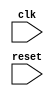
module timing_control_and_sync (
    input wire clk,
    input wire reset,
    // Other input and output ports as needed
);

    // Verilog code for timing control and synchronization blocks goes here


endmodule